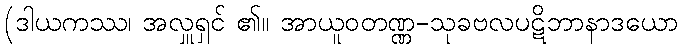
(ဒါယကဿ၊ အလှူရှင် ၏။ အာယူဝတဏ္ဏ-သုခဗလပဋိဘာနာဒယော